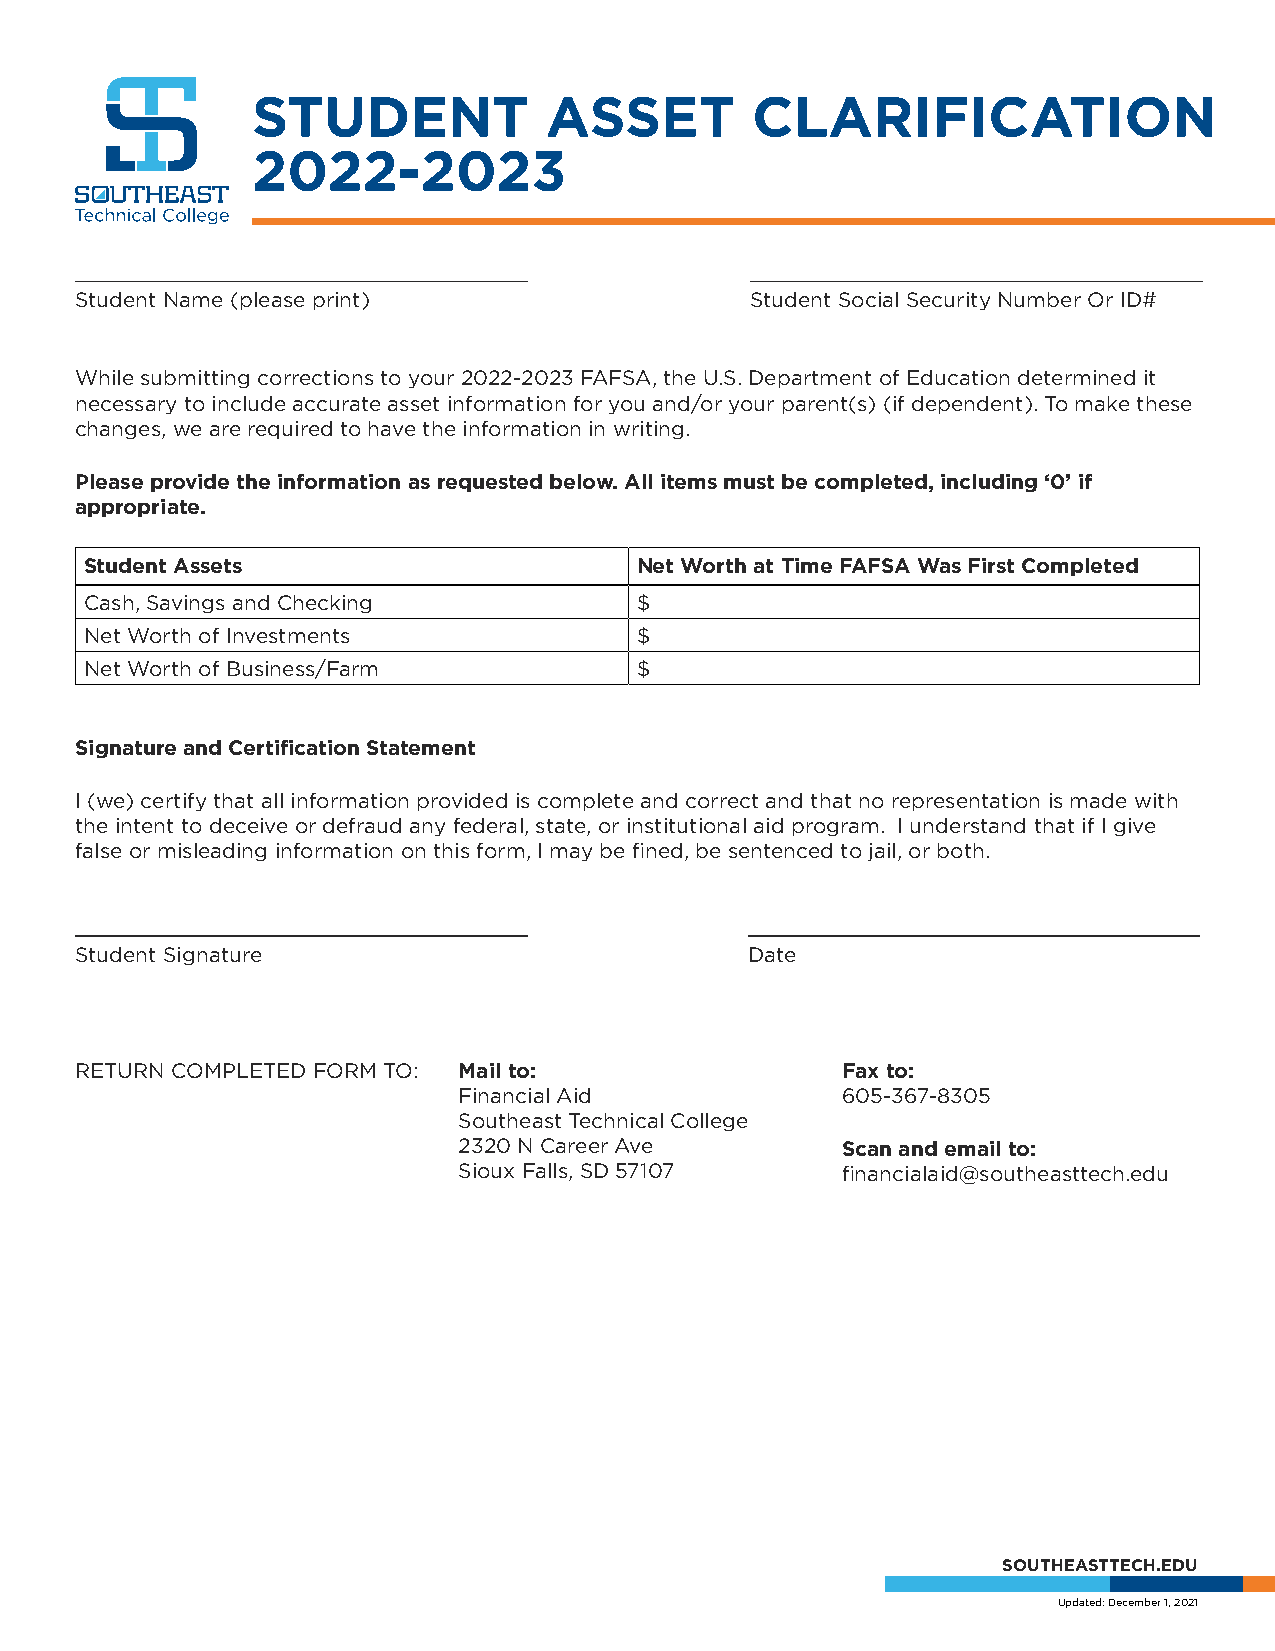
STUDENT            ASSET         CLARIFICATION
 2022-2023
 Student Name (please print)                  Student Social Security Number Or ID#
 While submitting corrections to your 2022-2023 FAFSA, the U.S. Department of Education determined it
 necessary to include accurate asset information for you and/or your parent(s) (if dependent). To make these
 changes, we are required to have the information in writing.
 Please provide the information as requested below. All items must be completed, including ‘0’ if
 appropriate.
 Student Assets                      Net Worth at Time FAFSA Was First Completed
 Cash, Savings and Checking          $
 Net Worth of Investments            $
 Net Worth of Business/Farm          $
 Signature and Certification Statement
 I (we) certify that all information provided is complete and correct and that no representation is made with
 the intent to deceive or defraud any federal, state, or institutional aid program. I understand that if I give
 false or misleading information on this form, I may be fined, be sentenced to jail, or both.
 Student Signature                            Date
 RETURN COMPLETED FORM TO: Mail to:                 Fax to:
 Financial Aid             605-367-8305
 Southeast Technical College
 2320 N Career Ave         Scan and email to:
 Sioux Falls, SD 57107     financialaid@southeasttech.edu
 SOUTHEASTTECH.EDU
 Updated: December 1, 2021